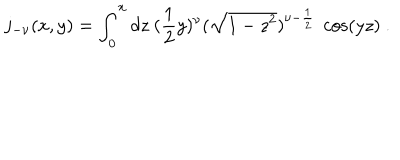
j _ { - \nu } ( x , y ) = \int _ { 0 } ^ { x } d z \ ( \frac { 1 } { 2 } y ) ^ { \nu } ( \sqrt { 1 - z ^ { 2 } } ) ^ { \nu - \frac { 1 } { 2 } } \ \cos ( y z ) \ .